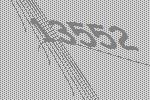
13552